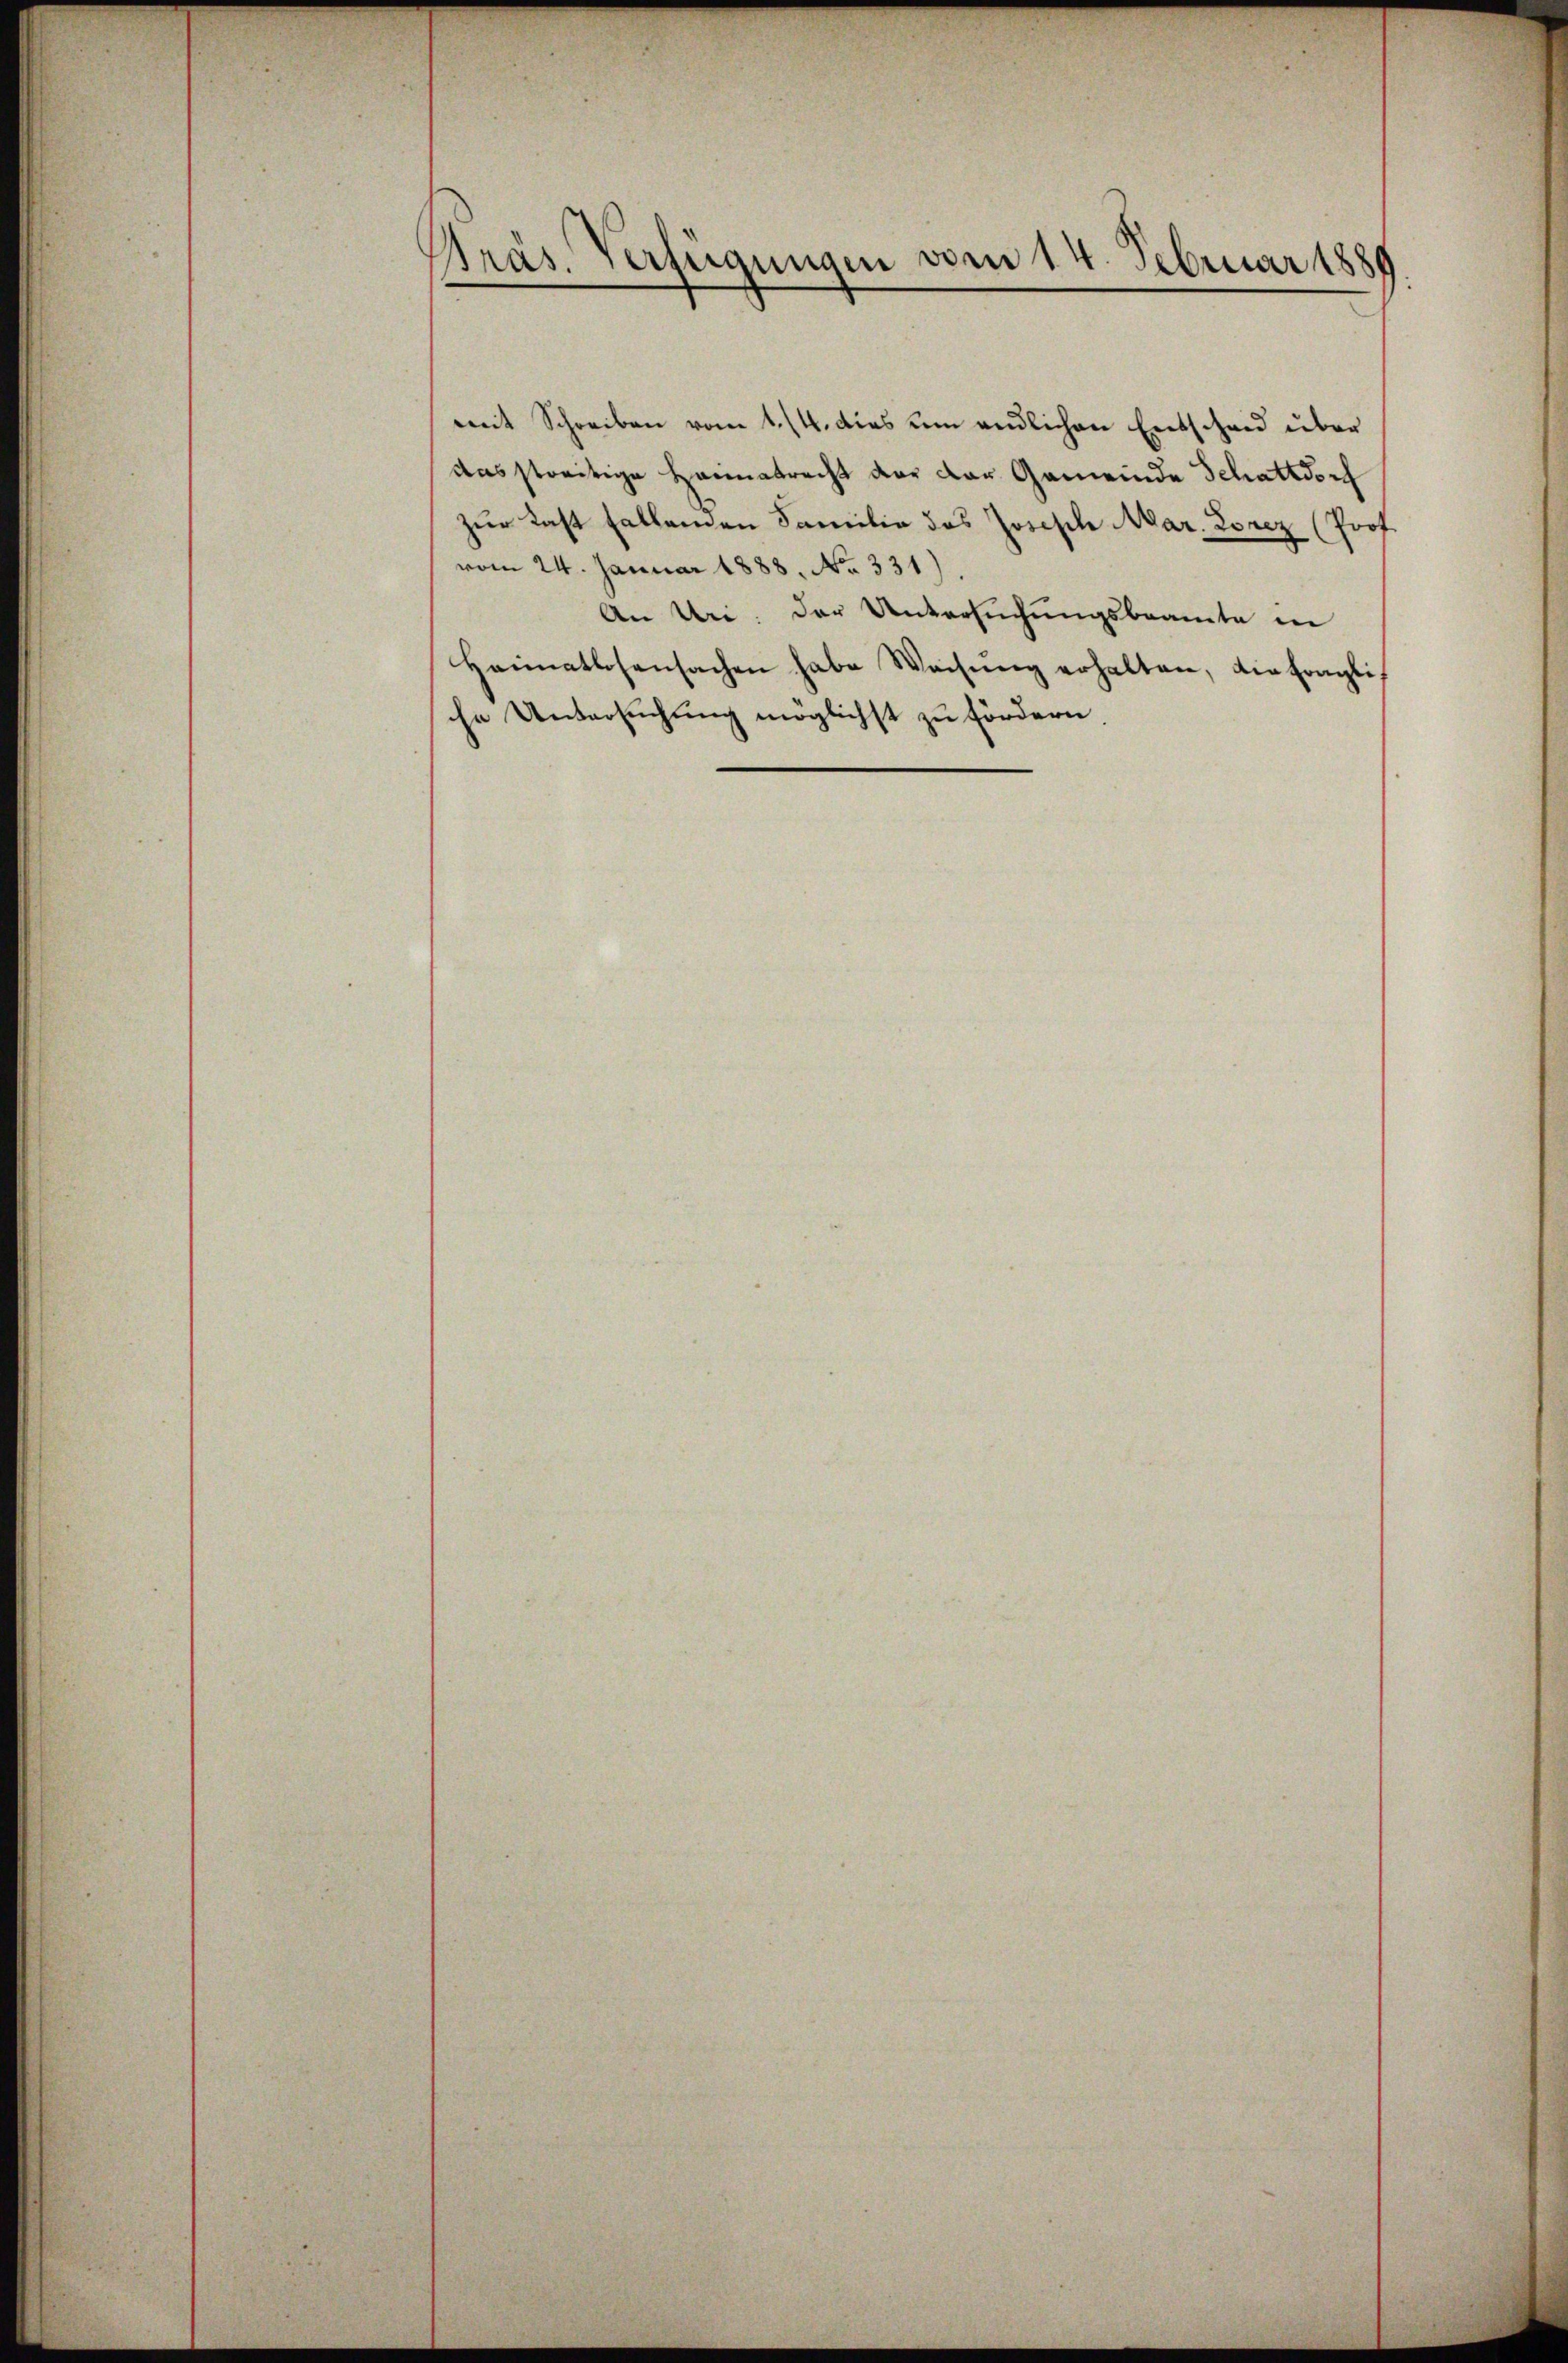
Präs. Verfügungen vom 14. Februar 1881

mit Schreiben vom 1. 14. dies um endlichen Entschen über
das streitige Heimatrecht der der Gemeinde Schattdorf
zur Last fallenden Familie das Joseph Mar. Lorez (Prof
vom 24. Januar 1888. No. 331)
An Uri. Der Untersuchungsbeamte in
Heimatlosensachen habe Weisŭng erhalten, die fragli
che Untersuchung möglichst zu fördern.